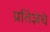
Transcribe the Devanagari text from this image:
प्रतिज्ञेचे